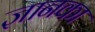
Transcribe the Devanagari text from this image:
ज्ञानका